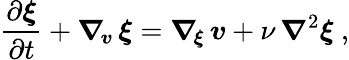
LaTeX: \frac{\partial\boldsymbol\xi}{\partial t}+\boldsymbol\nabla_{\! \boldsymbol v}\, \boldsymbol\xi=\boldsymbol\nabla_{\! \boldsymbol\xi}\, \boldsymbol v+\nu\, \boldsymbol\nabla^{2}\boldsymbol\xi\ ,